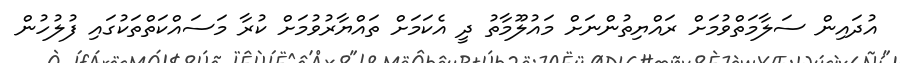
އުދައިން ސަލާމަތްވުމަށް ރައްޔިތުންނަށް މައުލޫމާތު ދީ އެކަމަށް ތައްޔާރުވުމަށް ކުރާ މަސައްކަތްތަކުގައި ފުލުހުން